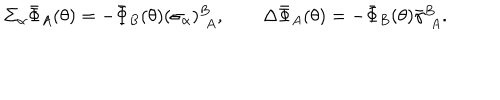
LaTeX: \Sigma _ { \alpha } \bar { \Phi } _ { A } ( \theta ) = - \bar { \Phi } _ { B } ( \theta ) ( \sigma _ { \alpha } ) _ { ~ ~ \! A } ^ { B } , \qquad \Delta \bar { \Phi } _ { A } ( \theta ) = - \bar { \Phi } _ { B } ( \theta ) { \bar { \gamma } } _ { ~ ~ \! A } ^ { B } .